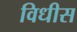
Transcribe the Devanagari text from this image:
विधीस